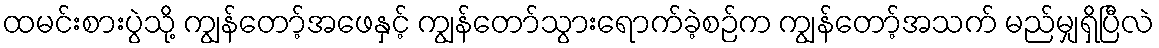
ထမင်းစားပွဲသို့ ကျွန်တော့်အဖေနှင့် ကျွန်တော်သွားရောက်ခဲ့စဉ်က ကျွန်တော့်အသက် မည်မျှရှိပြီလဲ